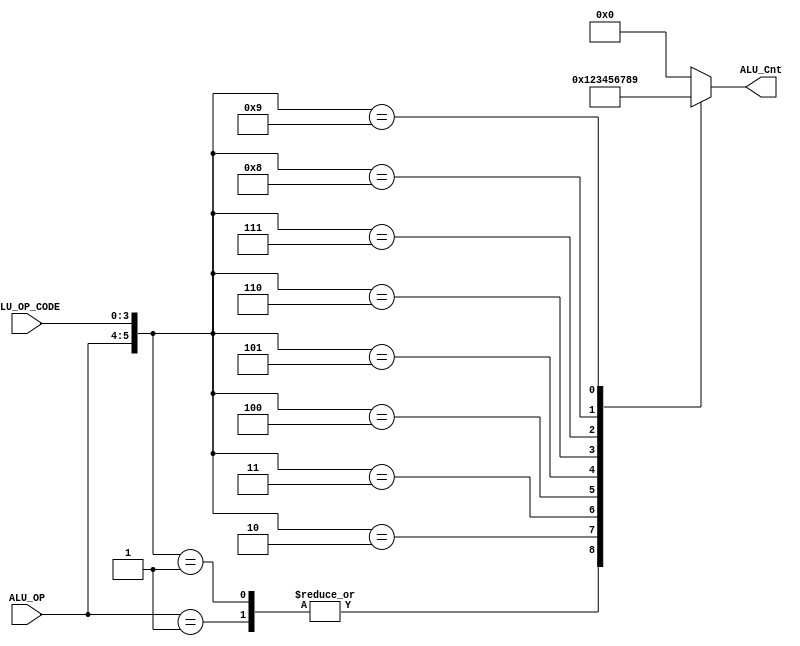
`timescale 1ns / 1ps

module alu_control(ALU_Cnt,ALU_OP,ALU_OP_CODE);
	output reg[3:0] ALU_Cnt;
	input [1:0] ALU_OP;
	input [3:0] ALU_OP_CODE;

	wire [5:0] ALU_CONTROL_INPUT;

	assign ALU_CONTROL_INPUT = {ALU_OP,ALU_OP_CODE};

	always @(ALU_CONTROL_INPUT)
	casex(ALU_CONTROL_INPUT)
		6'b10xxxx : ALU_Cnt = 4'b0000;	//lw,store
		6'b01xxxx : ALU_Cnt = 4'b0001;	//bne.beq
		6'b000000 : ALU_Cnt = 4'b0000;	//add
		6'b000001 : ALU_Cnt = 4'b0001;	//sub
		6'b000010 : ALU_Cnt = 4'b0010;	//mult
		6'b000011 : ALU_Cnt = 4'b0011;	//sll
		6'b000100 : ALU_Cnt = 4'b0100;	//srl
		6'b000101 : ALU_Cnt = 4'b0101;	//and
		6'b000110 : ALU_Cnt = 4'b0110;	//or
		6'b000111 : ALU_Cnt = 4'b0111;	//slt
		6'b001000 : ALU_Cnt = 4'b1000;	//xor
		6'b001001 : ALU_Cnt = 4'b1001;	//invert

	default   : ALU_Cnt = 4'b0000;
	endcase

endmodule